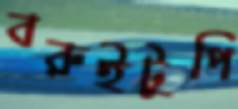
বরুইটুপি